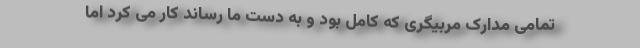
تمامی مدارک مربیگری که کامل بود و به دست ما رساند کار می کرد اما